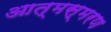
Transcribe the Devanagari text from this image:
आत्मस्मरण